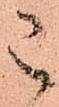
已